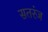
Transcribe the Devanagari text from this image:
सतरंज